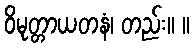
ဝိမုတ္တာယတနံ၊ တည်း။ ။